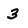
Character: 3